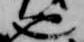
也